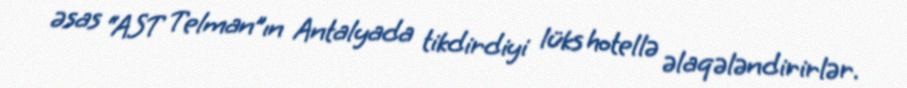
əsas “AST Telman”ın Antalyada tikdirdiyi lüks hotellə əlaqələndirirlər.